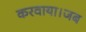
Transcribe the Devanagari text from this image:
करवाया।जब